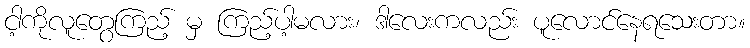
ငါ့ကိုလူတွေကြည့် မှ ကြည့်ပါ့မလား၊ ဒါလေးကလည်း ပူလောင်နေရသေးတာ။